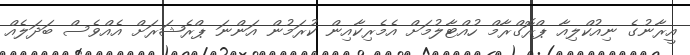
އީރާނުގެ ނިއުކްލިއާ ޕްރޮގްރާމް ހުއްޓާލުމަށް އެމެރިކާއިން ކުރަމުން އަންނަ ޕްރެޝަރަށް އެއްވެސް ބަދަލެއް